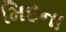
મિદના